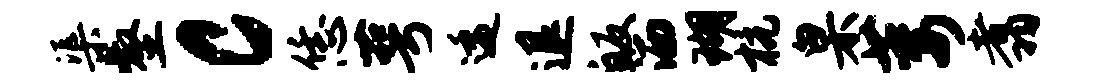
渠壑c恁萼逶退皈洒瑚杭臬萎翥